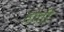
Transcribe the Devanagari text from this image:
होतेी